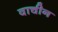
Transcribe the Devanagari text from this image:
वाचीन